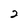
Character: 2